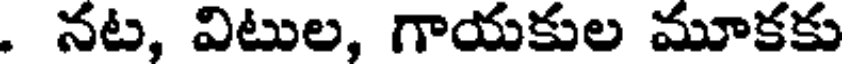
. నట, విటుల, గాయకుల మూకకు